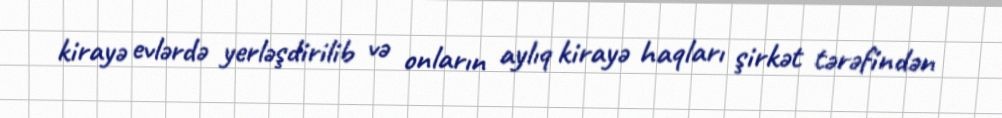
kirayə evlərdə yerləşdirilib və onların aylıq kirayə haqları şirkət tərəfindən